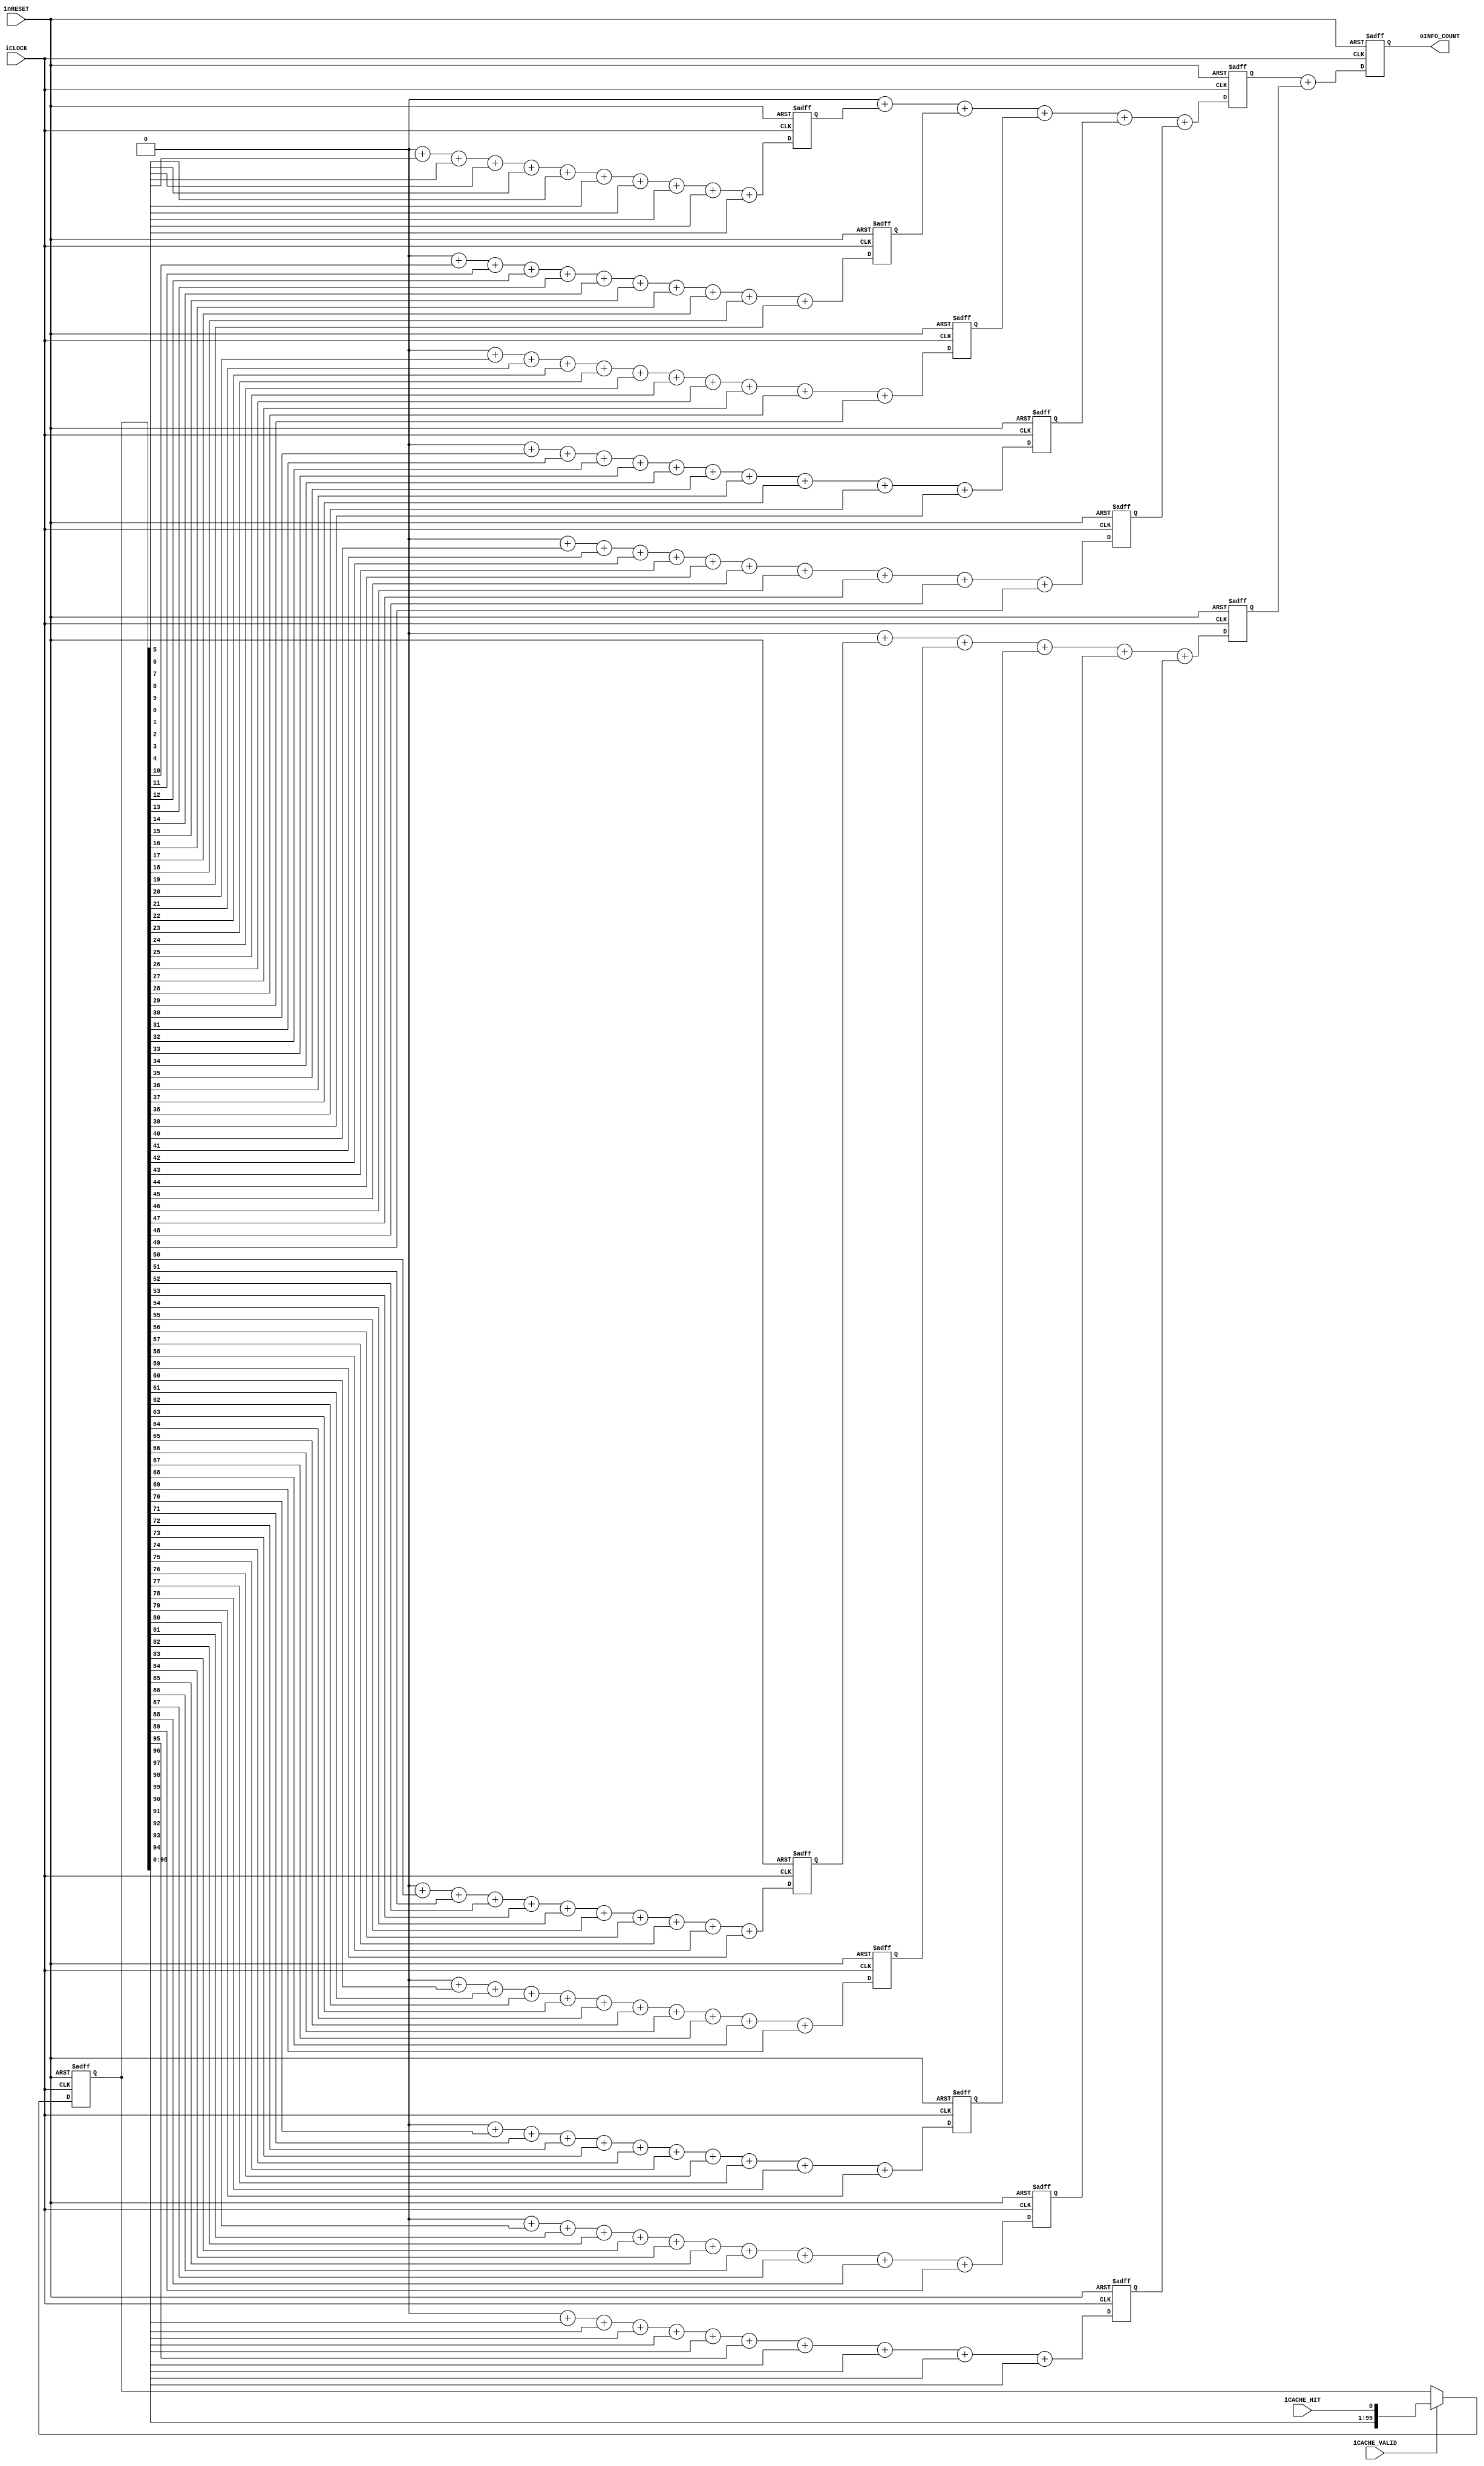
module l1_inst_cache_counter(
		input wire iCLOCK,
		input wire inRESET,
		//Hit Infomation
		input wire iCACHE_VALID,
		input wire iCACHE_HIT,
		//Infomation
		output wire [6:0] oINFO_COUNT
	);

	reg [99:0] b_counter;
	always@(posedge iCLOCK or negedge inRESET)begin
		if(!inRESET)begin
			b_counter <= 100'h0;
		end
		else begin
			if(iCACHE_VALID)begin
				b_counter <= {b_counter[98:0], iCACHE_HIT};
			end
		end
	end
	
	reg [3:0] b_buffer0[0:9];	//10*10
	reg [5:0] b_buffer1[0:1];	//50*2
	reg [6:0] b_buffer2;		//100*1
	always@(posedge iCLOCK or negedge inRESET)begin
		if(!inRESET)begin
			b_buffer0[0] <= 4'h0;
			b_buffer0[1] <= 4'h0;
			b_buffer0[2] <= 4'h0;
			b_buffer0[3] <= 4'h0;
			b_buffer0[4] <= 4'h0;
			b_buffer0[5] <= 4'h0;
			b_buffer0[6] <= 4'h0;
			b_buffer0[7] <= 4'h0;
			b_buffer0[8] <= 4'h0;
			b_buffer0[9] <= 4'h0;
			b_buffer1[0] <= 6'h0;
			b_buffer1[1] <= 6'h1;
			b_buffer2 <= 7'h0;
		end
		else begin
			//Buffer0
			b_buffer0[0] <= 4'h0
							+ b_counter[0] + b_counter[1] + b_counter[2] + b_counter[3] + b_counter[4]
							+ b_counter[5] + b_counter[6] + b_counter[7] + b_counter[8] + b_counter[9];
			b_buffer0[1] <= 4'h0
							+ b_counter[10] + b_counter[11] + b_counter[12] + b_counter[13] + b_counter[14]
							+ b_counter[15] + b_counter[16] + b_counter[17] + b_counter[18] + b_counter[19];
			b_buffer0[2] <= 4'h0
							+ b_counter[20] + b_counter[21] + b_counter[22] + b_counter[23] + b_counter[24]
							+ b_counter[25] + b_counter[26] + b_counter[27] + b_counter[28] + b_counter[29];
			b_buffer0[3] <= 4'h0
							+ b_counter[30] + b_counter[31] + b_counter[32] + b_counter[33] + b_counter[34]
							+ b_counter[35] + b_counter[36] + b_counter[37] + b_counter[38] + b_counter[39];
			b_buffer0[4] <= 4'h0
							+ b_counter[40] + b_counter[41] + b_counter[42] + b_counter[43] + b_counter[44]
							+ b_counter[45] + b_counter[46] + b_counter[47] + b_counter[48] + b_counter[49];
			b_buffer0[5] <= 4'h0
							+ b_counter[50] + b_counter[51] + b_counter[52] + b_counter[53] + b_counter[54]
							+ b_counter[55] + b_counter[56] + b_counter[57] + b_counter[58] + b_counter[59];
			b_buffer0[6] <= 4'h0
							+ b_counter[60] + b_counter[61] + b_counter[62] + b_counter[63] + b_counter[64]
							+ b_counter[65] + b_counter[66] + b_counter[67] + b_counter[68] + b_counter[69];
			b_buffer0[7] <= 4'h0
							+ b_counter[70] + b_counter[71] + b_counter[72] + b_counter[73] + b_counter[74]
							+ b_counter[75] + b_counter[76] + b_counter[77] + b_counter[78] + b_counter[79];
			b_buffer0[8] <= 4'h0
							+ b_counter[80] + b_counter[81] + b_counter[82] + b_counter[83] + b_counter[84]
							+ b_counter[85] + b_counter[86] + b_counter[87] + b_counter[88] + b_counter[89];
			b_buffer0[9] <= 4'h0
							+ b_counter[90] + b_counter[91] + b_counter[92] + b_counter[93] + b_counter[94]
							+ b_counter[95] + b_counter[96] + b_counter[97] + b_counter[98] + b_counter[99];
			b_buffer1[0] <= 6'h0 + b_buffer0[0] + b_buffer0[1] + b_buffer0[2] + b_buffer0[3] + b_buffer0[4];
			b_buffer1[1] <= 6'h0 + b_buffer0[5] + b_buffer0[6] + b_buffer0[7] + b_buffer0[8] + b_buffer0[9]; 
			b_buffer2 <= b_buffer1[0] + b_buffer1[1];
		end
	end 
	
	assign oINFO_COUNT = b_buffer2;
	
endmodule